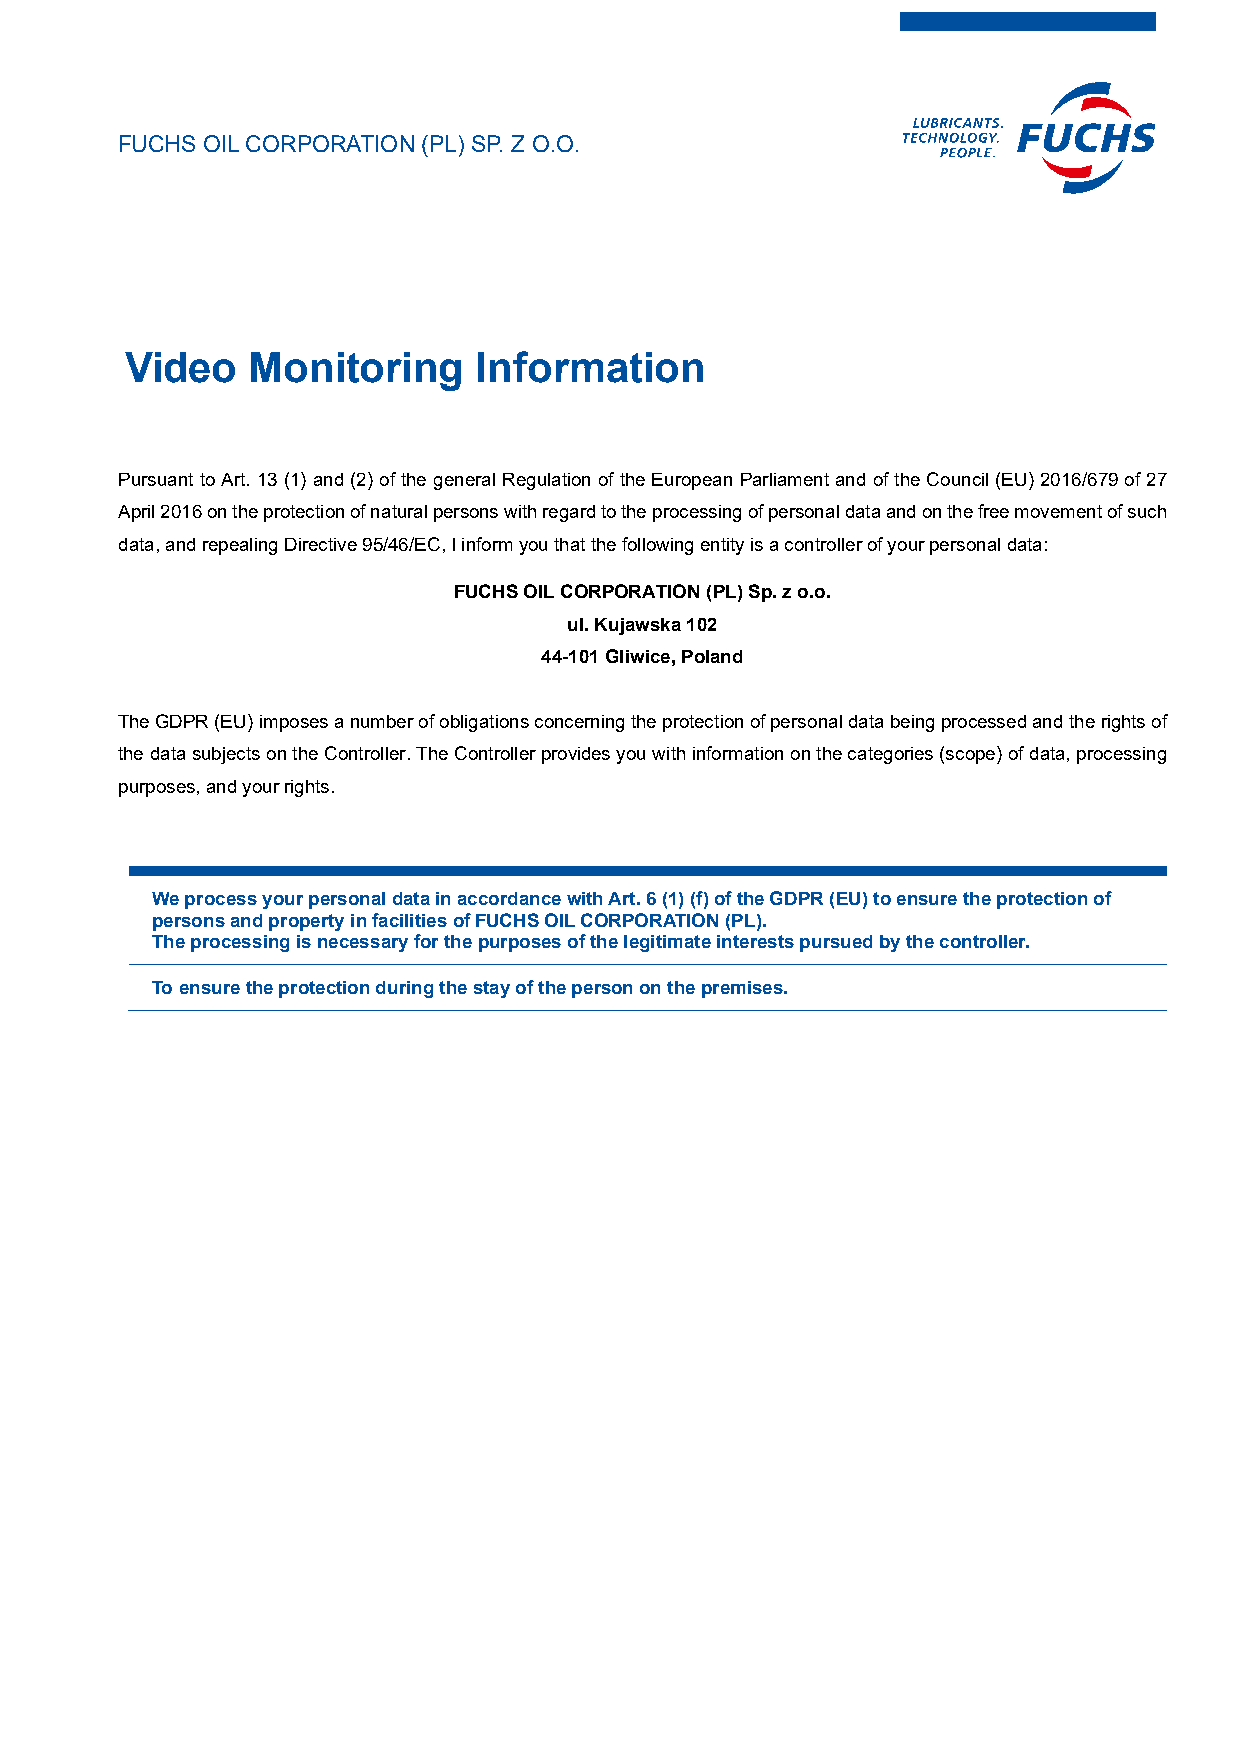
FUCHS OIL CORPORATION (PL) SP. Z O.O.
 Video    Monitoring     Information
 Pursuant to Art. 13 (1) and (2) of the general Regulation of the European Parliament and of the Council (EU) 2016/679 of 27
 April 2016 on the protection of natural persons with regard to the processing of personal data and on the free movement of such
 data, and repealing Directive 95/46/EC, I inform you that the following entity is a controller of your personal data:
 FUCHS OIL CORPORATION (PL) Sp. z o.o.
 ul. Kujawska 102
 44-101 Gliwice, Poland
 The GDPR (EU) imposes a number of obligations concerning the protection of personal data being processed and the rights of
 the data subjects on the Controller. The Controller provides you with information on the categories (scope) of data, processing
 purposes, and your rights.
 We process your personal data in accordance with Art. 6 (1) (f) of the GDPR (EU) to ensure the protection of
 persons and property in facilities of FUCHS OIL CORPORATION (PL).
 The processing is necessary for the purposes of the legitimate interests pursued by the controller.
 To ensure the protection during the stay of the person on the premises.